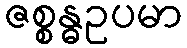
ဇစ္စန္ဓဥပမာ